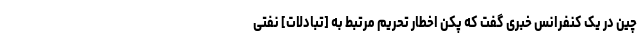
چین در یک کنفرانس خبری گفت که پکن اخطار تحریم مرتبط به [تبادلات] نفتی